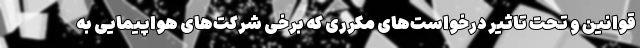
قوانین و تحت تاثیر درخواست‌های مکرری که برخی شرکت‌های هواپیمایی به